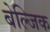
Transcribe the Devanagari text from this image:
बेल्जिक